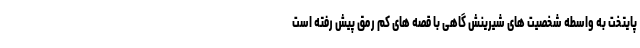
پایتخت به واسطه شخصیت های شیرینش گاهی با قصه های کم رمق پیش رفته است